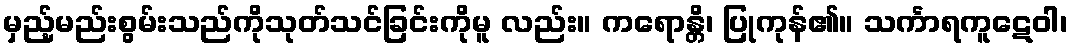
မှည့်မည်းစွမ်းသည်ကိုသုတ်သင်ခြင်းကိုမူ လည်း။ ကရောန္တိ၊ ပြုကုန်၏။ သင်္ကာရကူဋေဝါ၊